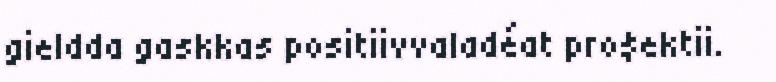
gieldda gaskkas positiivvaladéat pro$ektii.